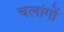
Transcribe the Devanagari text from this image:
चलांगों